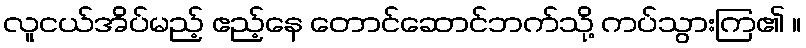
လူငယ်အိပ်မည့် ဧည့်နေ တောင်ဆောင်ဘက်သို့ ကပ်သွားကြ၏ ။